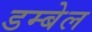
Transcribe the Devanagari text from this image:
डम्बेल